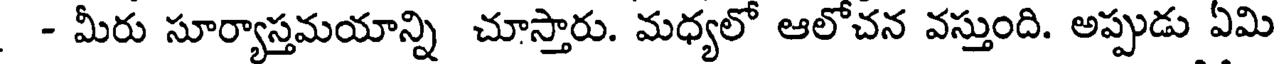
- మీరు సూర్యాస్తమయాన్ని చూస్తారు. మధ్యలో ఆలోచన వస్తుంది. అప్పుడు ఏమి